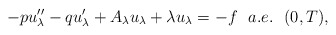
\begin{align*}-pu_{\lambda}^{\prime \prime} - q u_{\lambda}^{\prime} +A_{\lambda}u_{\lambda} + \lambda u_{\lambda} = -f \ \ a.e. \ \ (0,T),\end{align*}